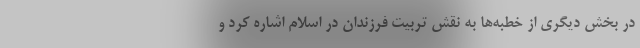
در بخش دیگری از خطبه‌ها به نقش تربیت فرزندان در اسلام‌ اشاره کرد و